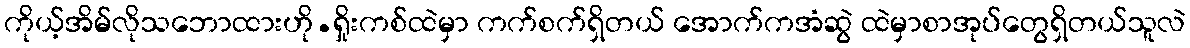
ကိုယ့်အိမ်လိုသဘောထားဟို.ရှိုးကစ်ထဲမှာ ကက်စက်ရှိတယ် အောက်ကအံဆွဲ ထဲမှာစာအုပ်တွေရှိတယ်သူလဲ